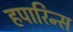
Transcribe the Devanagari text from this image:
हपारिन्स